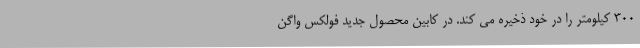
300 کیلومتر را در خود ذخیره می کند. در کابین محصول جدید فولکس واگن